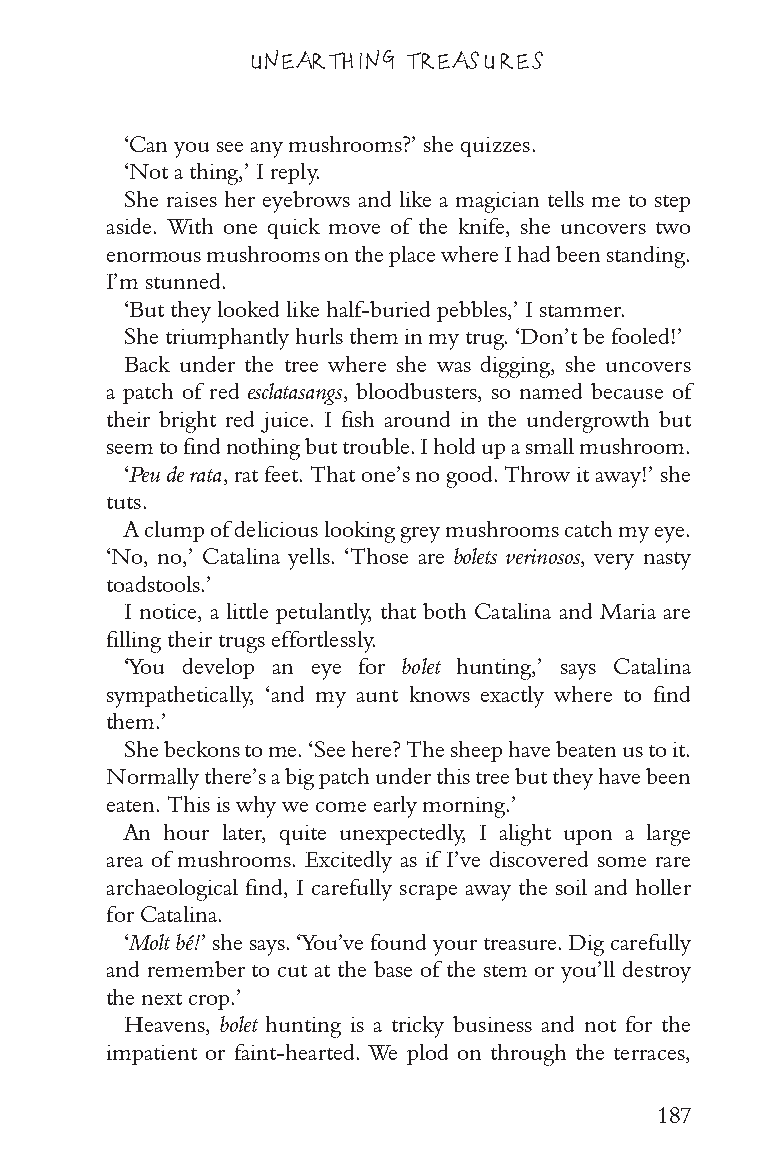
UNEARTHING TREASURES
 ‘Can you see any mushrooms?’ she quizzes.
 ‘Not a thing,’ I reply.
 She raises her eyebrows and like a magician tells me to step
 aside. With one quick move of the knife, she uncovers two
 enormous mushrooms on the place where I had been standing.
 I’m stunned.
 ‘But they looked like half-buried pebbles,’ I stammer.
 She triumphantly hurls them in my trug. ‘Don’t be fooled!’
 Back under the tree where she was digging, she uncovers
 a patch of red esclatasangs, bloodbusters, so named because of
 their bright red juice. I fish around in the undergrowth but
 seem to find nothing but trouble. I hold up a small mushroom.
 ‘Peu de rata, rat feet. That one’s no good. Throw it away!’ she
 tuts.
 A clump of delicious looking grey mushrooms catch my eye.
 ‘No, no,’ Catalina yells. ‘Those are bolets verinosos, very nasty
 toadstools.’
 I notice, a little petulantly, that both Catalina and Maria are
 filling their trugs effortlessly.
 ‘You develop an eye for bolet hunting,’ says Catalina
 sympathetically, ‘and my aunt knows exactly where to find
 them.’
 She beckons to me. ‘See here? The sheep have beaten us to it.
 Normally there’s a big patch under this tree but they have been
 eaten. This is why we come early morning.’
 An hour later, quite unexpectedly, I alight upon a large
 area of mushrooms. Excitedly as if I’ve discovered some rare
 archaeological find, I carefully scrape away the soil and holler
 for Catalina.
 ‘Molt bé!’ she says. ‘You’ve found your treasure. Dig carefully
 and remember to cut at the base of the stem or you’ll destroy
 the next crop.’
 Heavens, bolet hunting is a tricky business and not for the
 impatient or faint-hearted. We plod on through the terraces,
 187